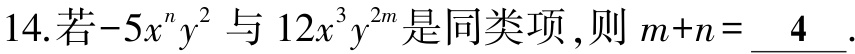
14. 若\(-5x^{n}y^{2}\)与\(12x^{3}y^{2m}\)是同类项，则\(m + n=\underline{4}\).